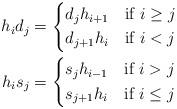
LaTeX: \begin{align*}h_i d_j &= \begin{dcases*} d_j h_{i+1} & if $i \geq j$ \\ d_{j+1} h_i & if $i <j$ \end{dcases*} \\h_i s_j &= \begin{dcases*} s_j h_{i-1} & if $i > j$ \\ s_{j+1} h_i & if $i \leq j$ \end{dcases*} \end{align*}